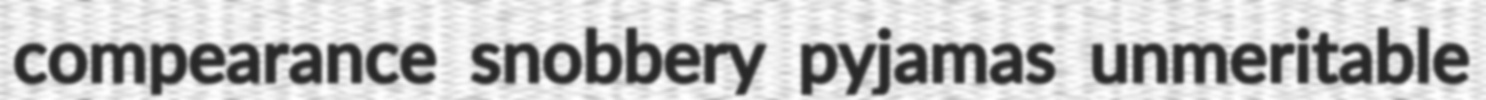
compearance snobbery pyjamas unmeritable